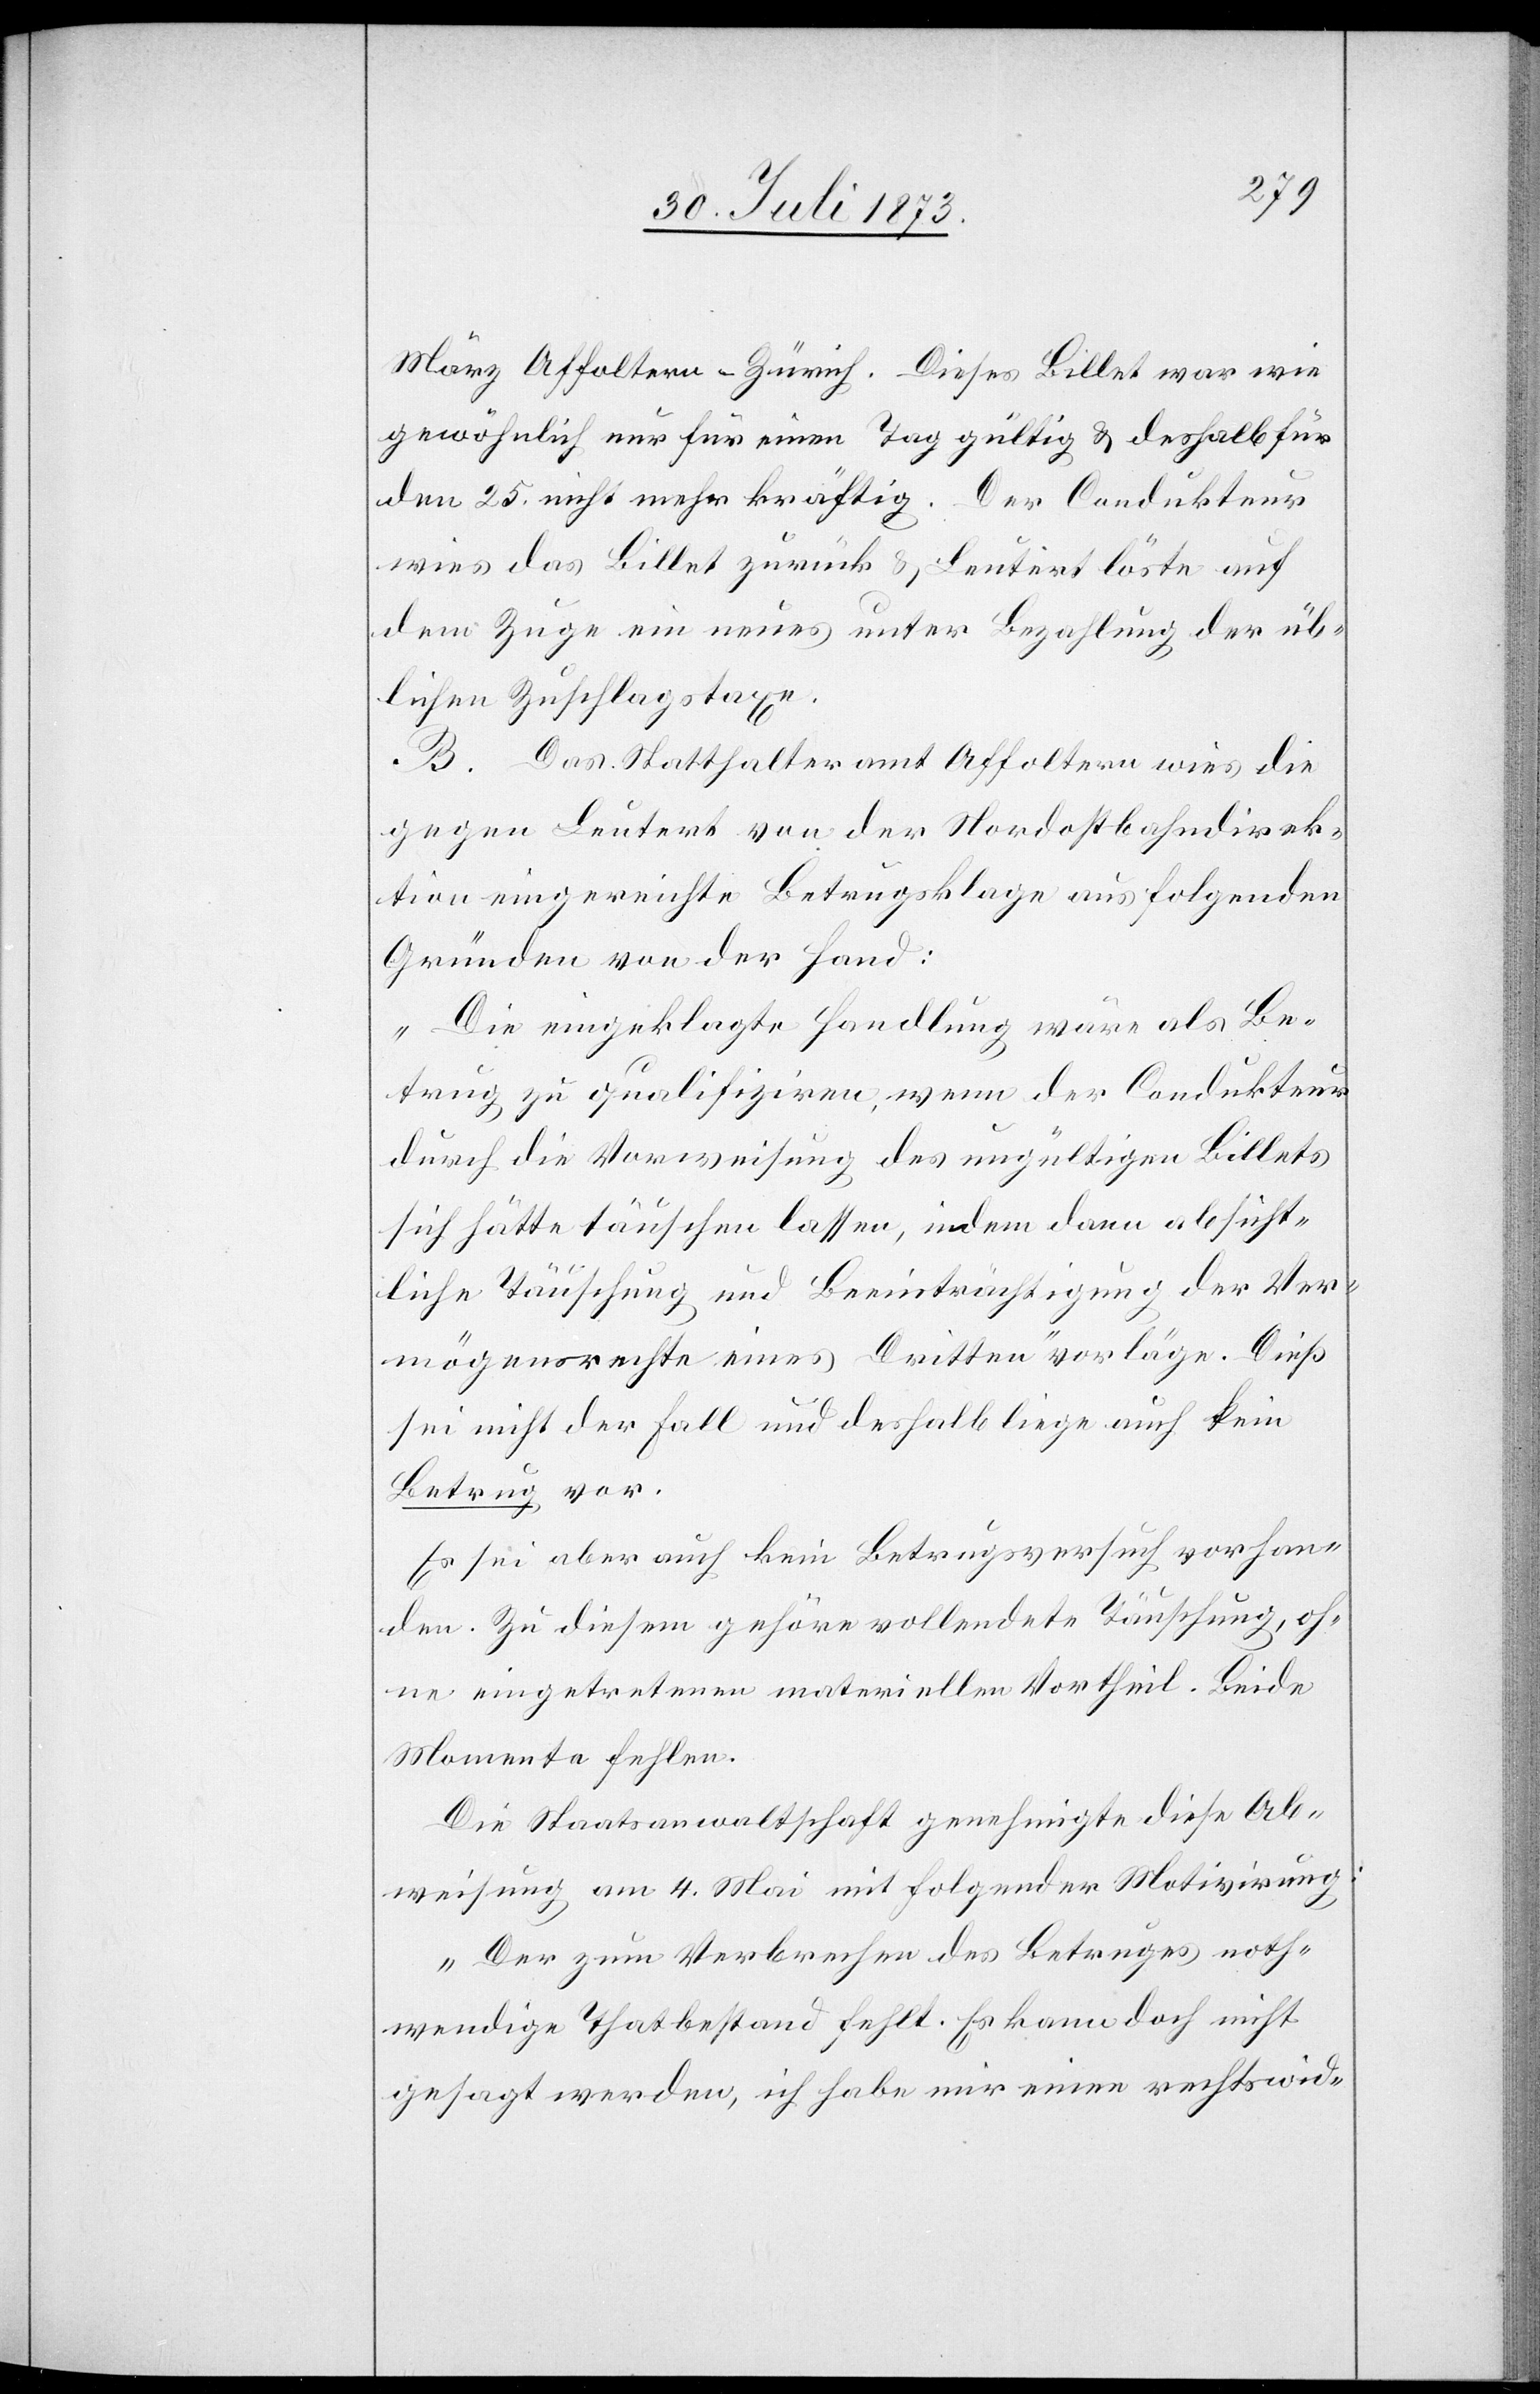
März Affoltern–Zürich. Dieses Billet war wie
gewöhnlich nur für einen Tag gültig & deshalb für
den 25. nicht mehr kräftig. Der Condukteur
wies das Billet zurück & Leutert löste auf
dem Zuge ein neues unter Bezahlung der üb¬
lichen Zuschlagstaxe.
B. Das Statthalteramt Affoltern wies die
gegen Leutert von der Nordostbahndirek¬
tion eingereichte Betrugsklage aus folgenden
Gründen von der Hand:
„Die eingeklagte Handlung wäre als Be¬
trug zu qualifiziren, wenn der Condukteur
durch die Vorweisung des ungültigen Billets
sich hätte täuschen lassen, indem dann absicht¬
liche Täuschung und Beeinträchtigung der Ver¬
mögensrechte eines Dritten“ vorläge. Dieß
sei nicht der Fall und deshalb liege auch kein
Betrug vor.
Es sei aber auch kein Betrugsversuch vorhan¬
den. Zu diesem gehöre vollendete Täuschung, oh¬
ne eingetretenen materiellen Vortheil. Beide
Momente fehlen.
Die Staatsanwaltschaft genehmigte diese Ab¬
weisung am 4. Mai mit folgender Motivirung:
„Der zum Verbrechen des Betruges noth¬
wendige Thatbestand fehlt. Es kann doch nicht
gesagt werden, ich habe mir einen rechtswid-